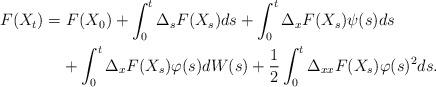
LaTeX: \begin{align*} F(X_{t})=&\ F(X_{0})+\int_0^t \Delta_{s}F(X_{s}) ds+\int_0^t \Delta_{x}F(X_{s}) \psi(s) ds \\ & + \int_0^t \Delta_{x}F(X_{s})\varphi(s) dW(s) +\frac{1}{2}\int_0^t \Delta_{xx}F(X_{s})\varphi(s)^{2} ds. \end{align*}